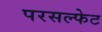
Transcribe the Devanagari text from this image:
परसल्फेट